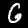
Digit: 6